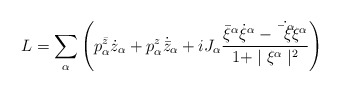
\begin{align*}L = \sum_\alpha\left(p^{\bar z}_\alpha \dot z_{\alpha}+p^{z}_\alpha \dot{{\bar z}}_{\alpha}+ iJ_{\alpha}\frac{{\bar \xi}^\alpha \dot \xi^\alpha-\dot{\bar\xi^\alpha}\xi^\alpha}{1+\mid\xi^\alpha\mid^2}\right)\end{align*}